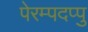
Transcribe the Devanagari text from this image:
पेरम्पदप्पु